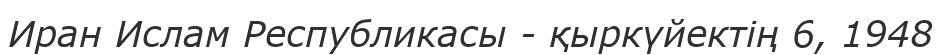
Иран Ислам Республикасы - қыркүйектің 6, 1948